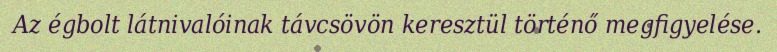
Az égbolt látnivalóinak távcsövön keresztül történő megfigyelése.